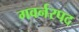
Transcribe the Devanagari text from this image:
गवर्नरपद